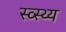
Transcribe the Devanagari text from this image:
स्व्स्थ्य